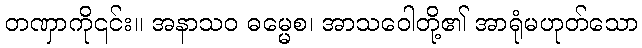
တဏှာကို၎င်း။ အနာသဝ ဓမ္မေစ၊ အာသဝေါတို့၏ အာရုံမဟုတ်သော